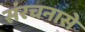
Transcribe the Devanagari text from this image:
संरचनासे